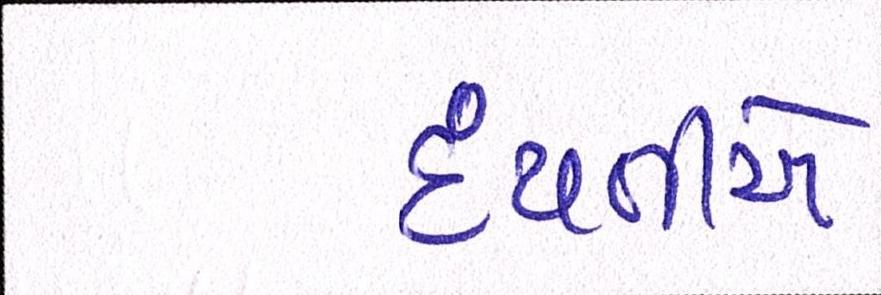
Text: દંપતીએ